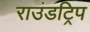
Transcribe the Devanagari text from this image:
राउंडट्रिप